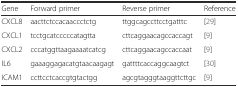
<table><thead><tr><td><b>Gene</b></td><td><b>Forward primer</b></td><td><b>Reverse primer</b></td><td><b>Reference</b></td></tr></thead><tbody><tr><td>CXCL8</td><td>aacttctccacaaccctctg</td><td>ttggcagccttcctgatttc</td><td>[29]</td></tr><tr><td>CXCL1</td><td>tcctgcatcccccatagtta</td><td>cttcaggaacagccaccagt</td><td>[9]</td></tr><tr><td>CXCL2</td><td>cccatggttaagaaaatcatcg</td><td>cttcaggaacagccaccaat</td><td>[9]</td></tr><tr><td>IL6</td><td>gaaaggagacatgtaacaagagt</td><td>gattttcaccaggcaagtct</td><td>[30]</td></tr><tr><td>ICAM1</td><td>ccttcctcaccgtgtactgg</td><td>agcgtagggtaaggttcttgc</td><td>[9]</td></tr></tbody></table>